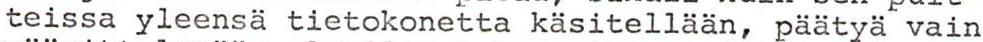
teissa yleensä tietokonetta käsitellään, päätyä vain